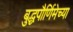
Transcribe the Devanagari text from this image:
बुद्धपौर्णिमेच्या